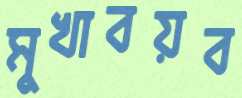
মুখাবয়ব